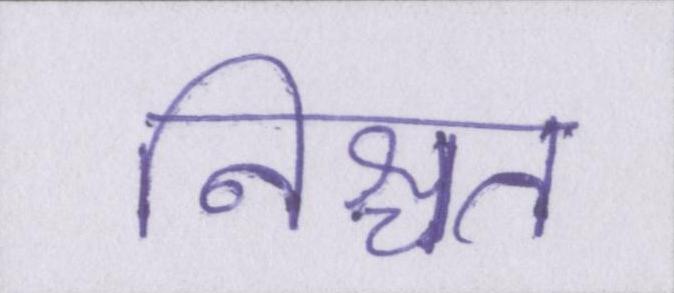
निश्चत